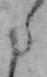
た